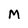
Character: M